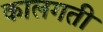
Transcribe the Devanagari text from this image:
कालगती